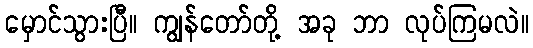
မှောင်သွားပြီ။ ကျွန်တော်တို့ အခု ဘာ လုပ်ကြမလဲ။